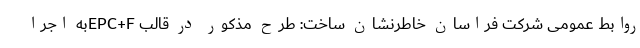
روابط عمومی شرکت فراسان خاطرنشان ساخت: طرح مذکور در قالب EPC+Fبه اجرا